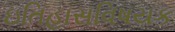
ઇતિહાસવિષયક